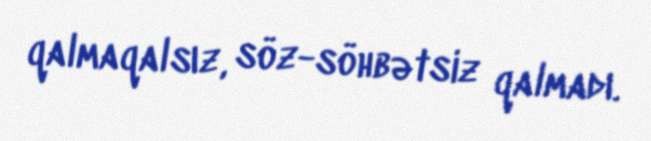
qalmaqalsız, söz-söhbətsiz qalmadı.